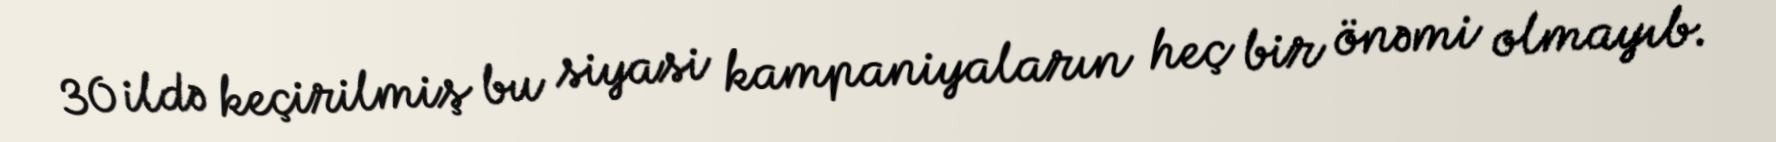
30 ildə keçirilmiş bu siyasi kampaniyaların heç bir önəmi olmayıb.